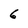
Character: 6